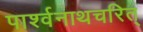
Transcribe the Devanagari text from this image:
पार्श्वनाथचरित्